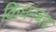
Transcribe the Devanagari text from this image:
किधनबाद